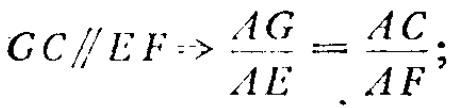
$GC\parallel EF\Rightarrow \frac{AG}{AE}=\frac{AC}{AF};$